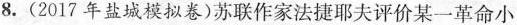
8.(2017年盐城模拟卷)苏联作家法捷耶夫评价某一革命小